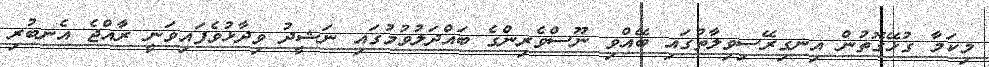
މިކަމާ ގުޅޭގޮތުން އިނގިރޭސިވިލާތުގައި ބޭއްވި ނޫސްވެރިންގެ ބައްދަލުވުމުގައި ނަޝީދު ވިދާޅުވެފައިވަނީ ރާއްޖެ އެނބުރި